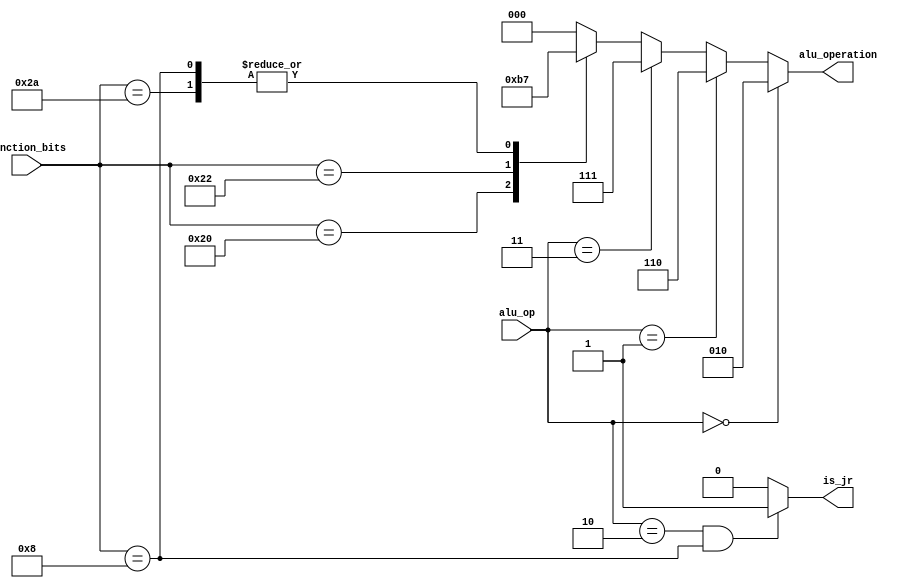
module alu_control(alu_op, function_bits, alu_operation, is_jr);
    input [1:0]alu_op;
    input [5:0]function_bits;
    output reg [2:0]alu_operation;
    output reg is_jr;

    always@(alu_op, function_bits) begin
        alu_operation = 3'd0;
        if(alu_op == 2'b00) begin                    //for lw, sw , addi
            alu_operation = 3'b010;
        end

        else if (alu_op == 2'b01) begin              //for j, jal , beq, bne
            alu_operation = 3'b110;
        end

        else if (alu_op == 2'b11) begin               //for slti
            alu_operation = 3'b111;
        end
        else begin
            case(function_bits)
            6'b100000: alu_operation = 3'b010;      //for add
            6'b100010: alu_operation = 3'b110;      //for sub
            6'b101010: alu_operation = 3'b111;      //for slt
            6'b001000: alu_operation = 3'b111;      //for jr
            endcase
        end
    end
    always@(alu_op, function_bits) begin
        is_jr = 1'b0;
        if(alu_op == 2'b10 && function_bits == 6'b001000) begin
            is_jr = 1'b1;
        end
    end
endmodule